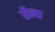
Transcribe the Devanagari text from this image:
सैन्ध